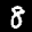
Label: 8